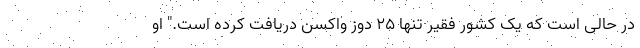
در حالی است که یک کشور فقیر تنها 25 دوز واکسن دریافت کرده است." او